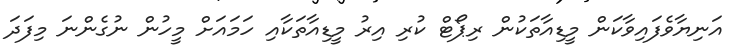
އަނިޔާވެފައިވާކަން މީޑިއާތަކުން ރިޕޯޓް ކުރި އިރު މީޑިއާތަކާއި ހަމައަށް މީހުން ނުގެންނަ މިފަދަ